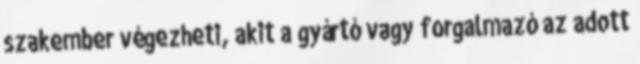
szakember végezheti, akit a gyártó vagy forgalmazó az adott